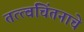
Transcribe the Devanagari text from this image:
तत्त्वचिंतनाचे